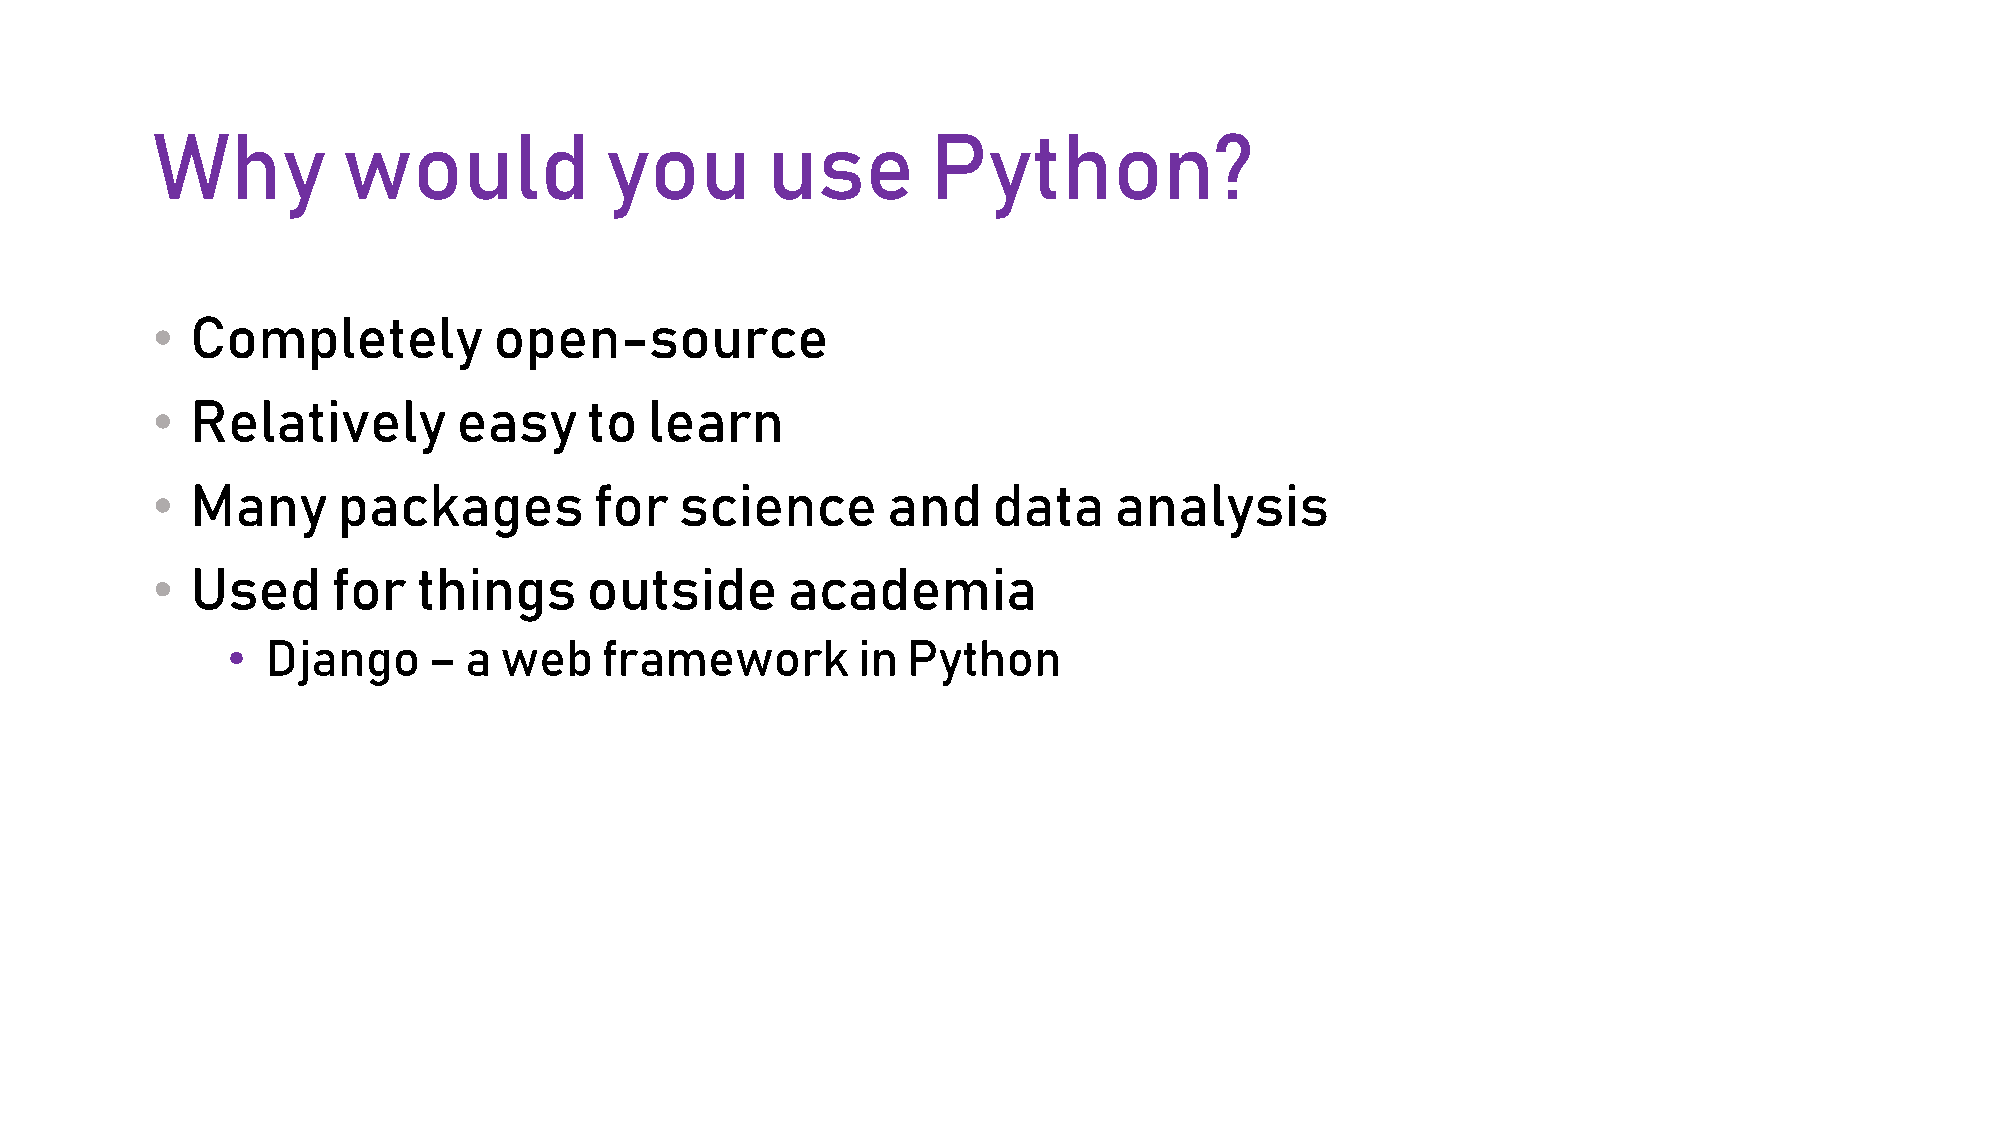
Why          would            you        use        Python?
 •  Completely          open-source
 •  Relatively       easy     to  learn
 •  Many     packages         for   science       and    data    analysis
 •  Used     for   things     outside      academia
 •  Django    –  a web    framework        in Python